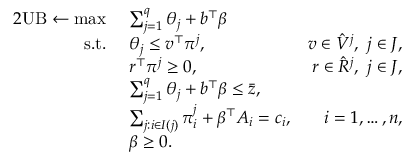
\begin{array} { r l r } { { 2 } \mathrm { U B } \gets \operatorname* { m a x } \ } & { \sum _ { j = 1 } ^ { q } \theta _ { j } + b ^ { \top } \beta } \\ { \mathrm { s . t . ~ } } & { \theta _ { j } \leq v ^ { \top } \pi ^ { j } , } & { v \in \hat { V } ^ { j } , ~ j \in J , } \\ & { r ^ { \top } \pi ^ { j } \geq 0 , } & { r \in \hat { R } ^ { j } , ~ j \in J , } \\ & { \sum _ { j = 1 } ^ { q } \theta _ { j } + b ^ { \top } \beta \leq \bar { z } , } \\ & { \sum _ { j : i \in I ( j ) } \pi _ { i } ^ { j } + \beta ^ { \top } A _ { i } = c _ { i } , } & { i = 1 , \ldots , n , } \\ & { \beta \geq 0 . } \end{array}